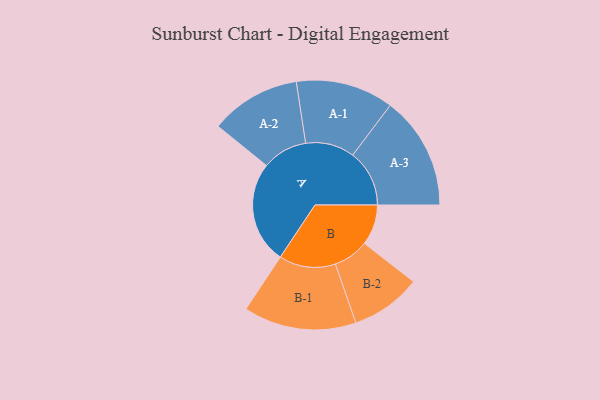
{"axis": {"x": "Segment", "y": "Value"}, "legend": ["", "A", "B"], "data": [{"x": "A", "y": 474, "type": ""}, {"x": "B", "y": 188, "type": ""}, {"x": "A-1", "y": 227, "type": "A"}, {"x": "A-2", "y": 210, "type": "A"}, {"x": "A-3", "y": 263, "type": "A"}, {"x": "B-1", "y": 262, "type": "B"}, {"x": "B-2", "y": 164, "type": "B"}]}